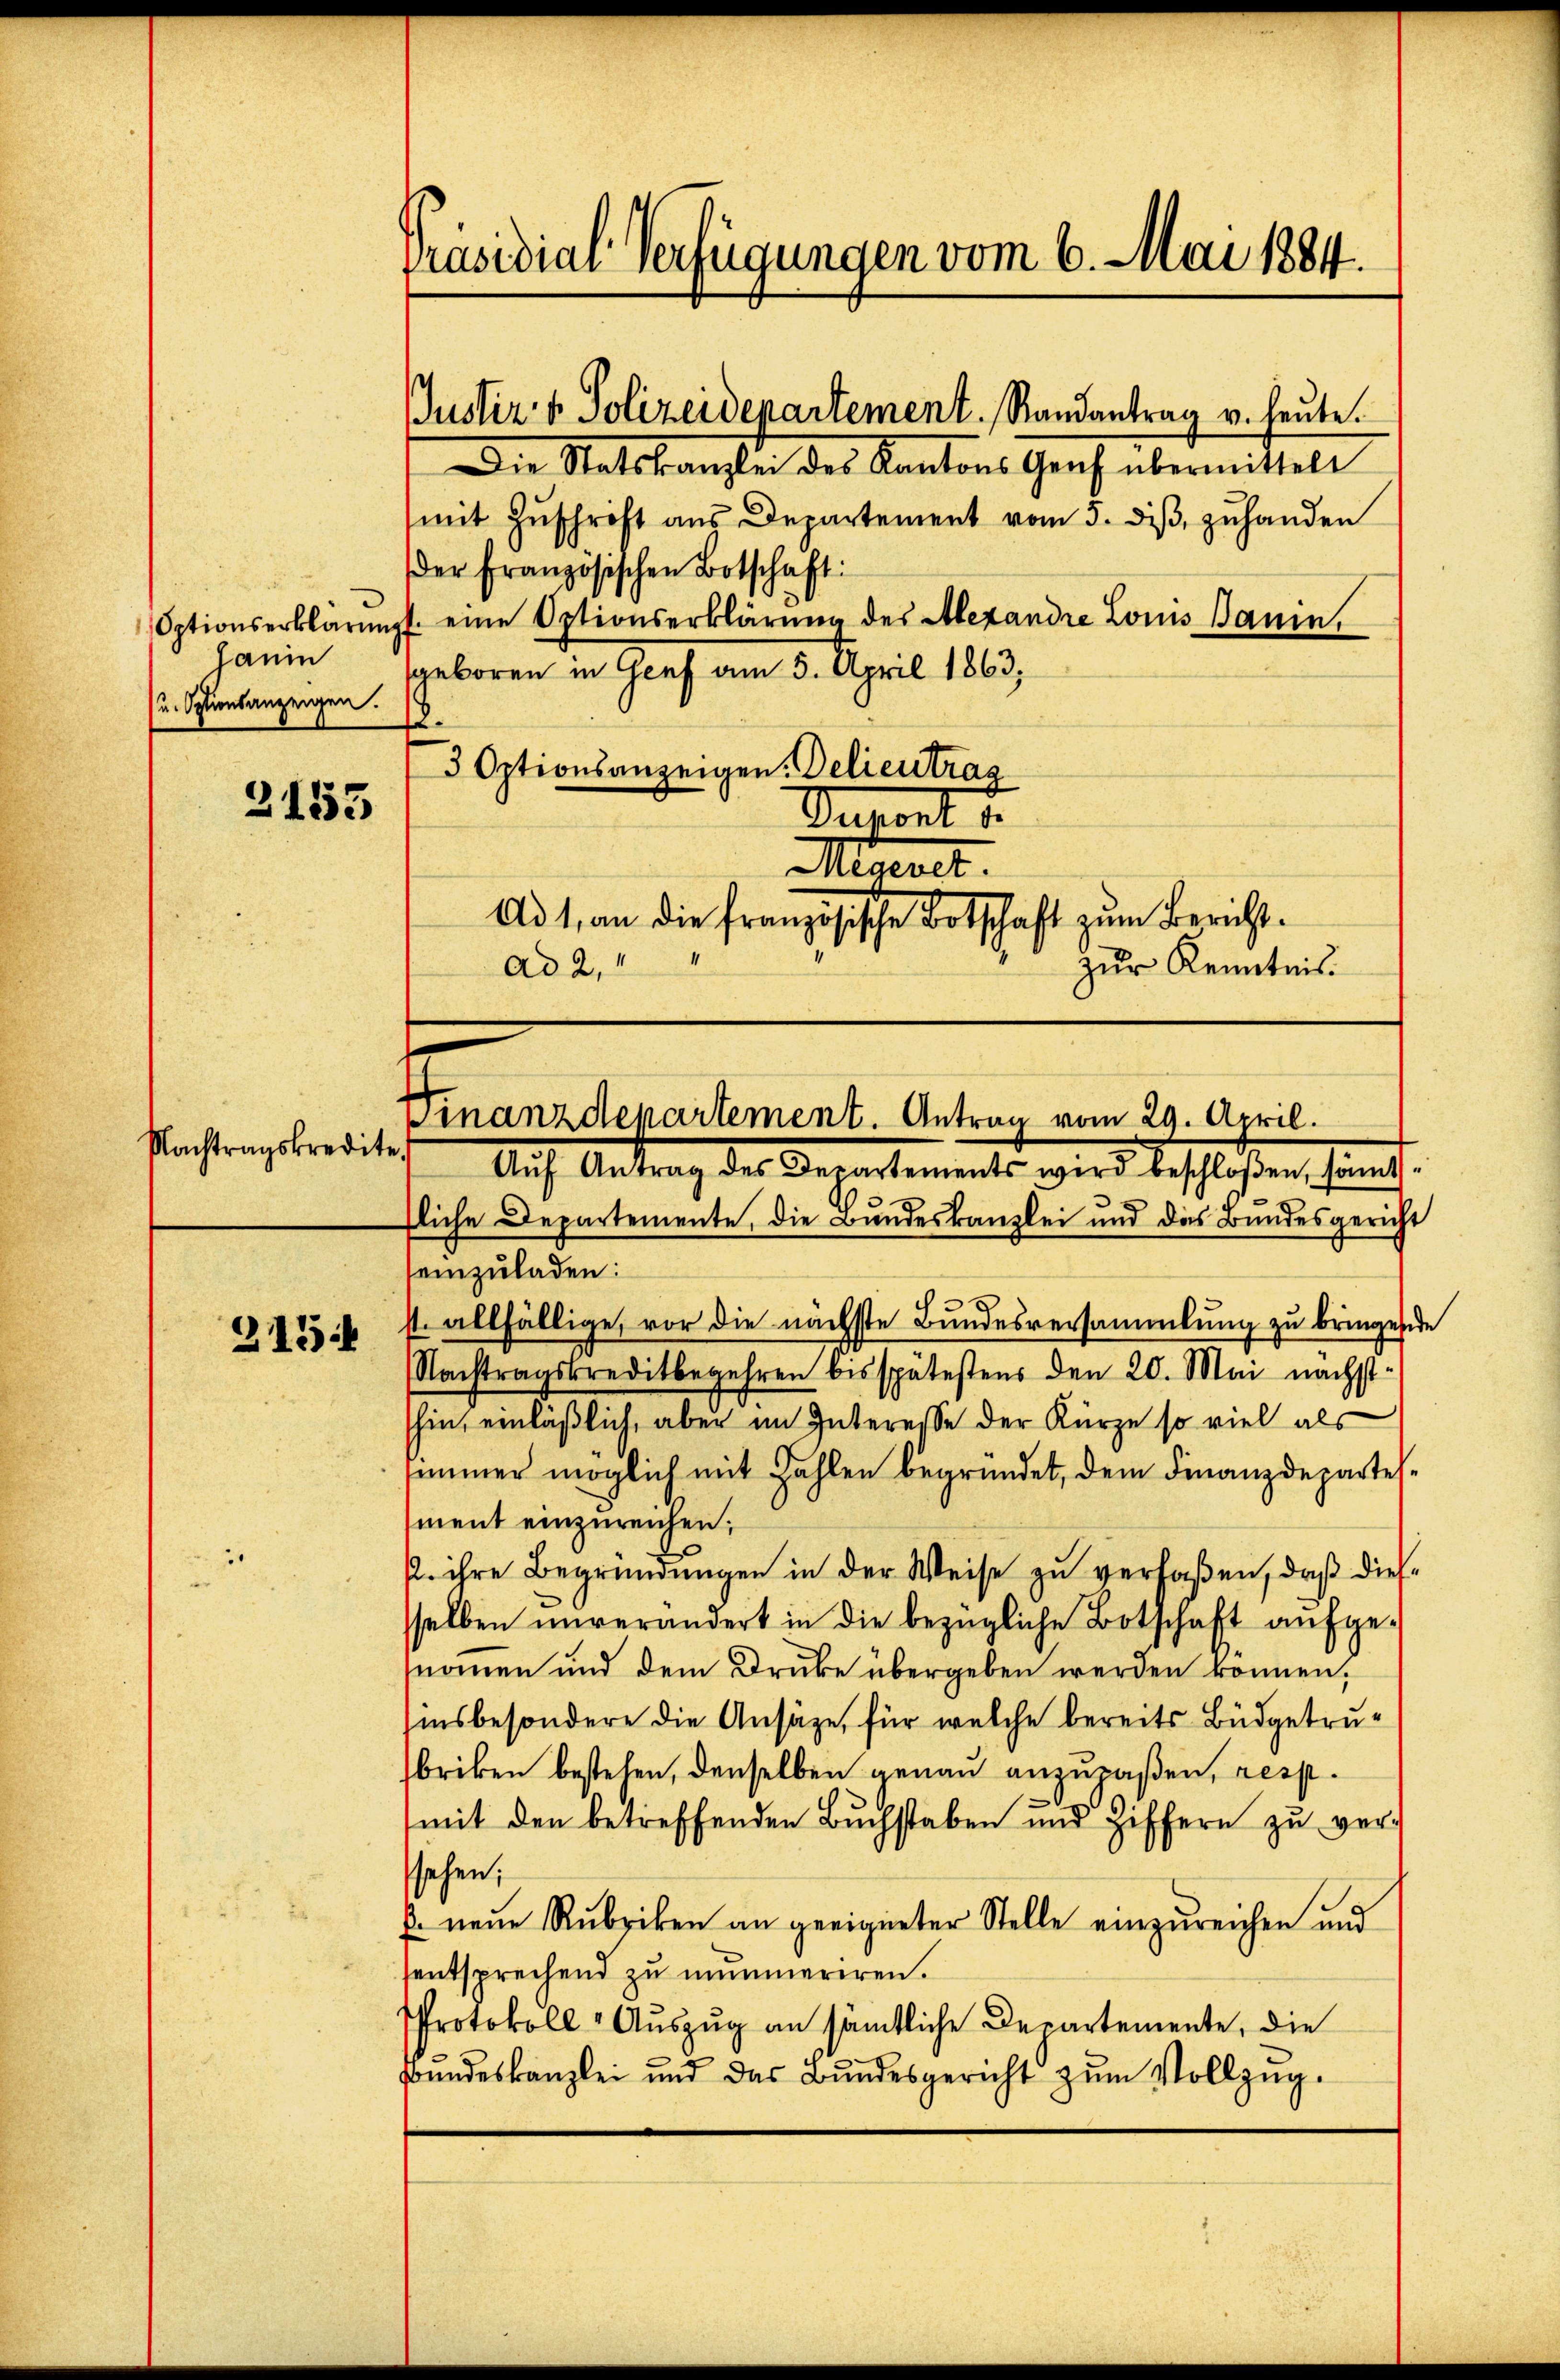
Janin
(u. Optionsanzeigen.

2155

Nachtragskredite.

215

Präsidial-Verfügungen vom 6. Mai 1884.

Justiz & Polizeidepartement. Randantrag u. heute.

Die Ratskanzlei des Kantons Genf übermittelt
mit Zŭschrift ans Departement vom 5. diβ zŭ handen
der französischen Botschaft:
Optionserklärung eine Optionserklärung des Alexandre Louis Bauin,
geboren in Genf am 5. April 1863;
.
3 Optionsanzeigen. Delieutrag
Duront
Mignet.
Ad 1, an die französische Botschaft zum Berichtzur Kenntnis.
ad 2,

Finanzdepartement. Antrag vom 29. April.

Auch Antrag des Departements wird beschloßen sind.
fliche Departemente, die Bundeskanzlei und das Bundesgericht
einzuladen:
2
st. allfällige, vor die nächste Bundesversammlung zu bringende
Nachtragskreditbegehren bis spätestens den 20. Mai nächst-
hin, einläßlich, aber im Interesse der Kürze so viel als
simmer möglich mit Fahlen begründet, dem Finanzdepartement einzureichen;
p. ihre Begründungen in der Weise zu verfaßen, daß diese
sselben unverändert in die bezügliche Botschaft aufgenommen und dem Druke übergeben werden können,
sinsbesondere die Ansäze, für welche bereits Büdgetrubriken bestehen, denselben genau anzupaßen, resp.
(mit den betreffenden Buchstaben und Ziffern zŭ versehen;
. neue Rubriken an geeigneter Stelle einzureichen und
sentsprechend zu mummeriren.
Protokoll-Auszug an sämtliche Departemente, die
Bŭndeskanzlei und das Bŭndesgericht zŭm Vollzŭg.